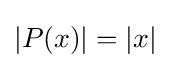
|P(x)|=|x|